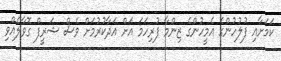
ކަމަށާއި ފުލުހުންގެ އެމީހުންގެ ޒިންމާ ފުރިހަމަ އަށް އަދާކުރުމަށް ވެސް ޝަރީފް ގޮވާލެއްވި